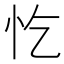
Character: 忔